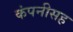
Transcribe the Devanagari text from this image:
कंपनीसह